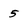
Character: 5